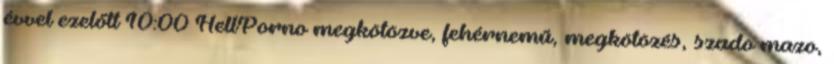
évvel ezelőtt 10:00 HellPorno megkötözve, fehérnemű, megkötözés, szado mazo,